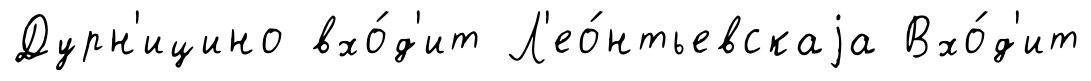
Дурн'ицино вхо́д'ит Л'ео́нтьевскаjа Вхо́д'ит